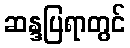
ဆန္ဒပြရာတွင်